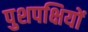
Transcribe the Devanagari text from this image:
पुशपक्षियों